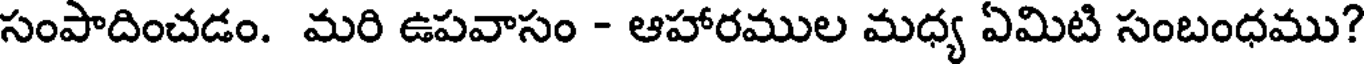
సంపాదించడం. మరి ఉపవాసం - ఆహారముల మధ్య ఏమిటి సంబంధము?